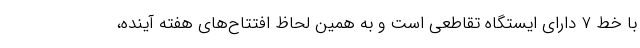
با خط ۷ دارای ایستگاه تقاطعی است و به همین لحاظ افتتاح‌های هفته آینده،